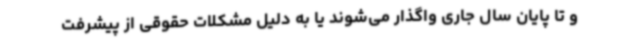
و تا پایان سال جاری واگذار می‌شوند یا به دلیل مشکلات حقوقی از پیشرفت